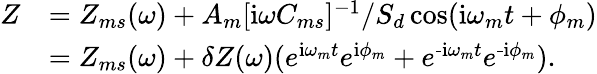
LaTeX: \begin{array}{rl}{Z}&{=Z_{ms}(\omega)+A_{m}[\textrm{i}\omega C_{ms}]^{-1}/S_{d}\cos(\textrm{i}\omega_{m}t+\phi_{m})}\\ &{=Z_{ms}(\omega)+\delta Z(\omega)(e^{\textrm{i}\omega_{m}t}e^{\textrm{i}\phi_{m}}+e^{\textrm{-i}\omega_{m}t}e^{\textrm{-i}\phi_{m}}).}\end{array}